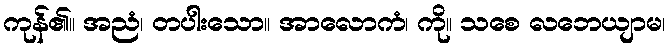
ကုန်၏။ အညံ၊ တပါးသော။ အာလောကံ၊ ကို။ သစေ လဘေယျာမ၊